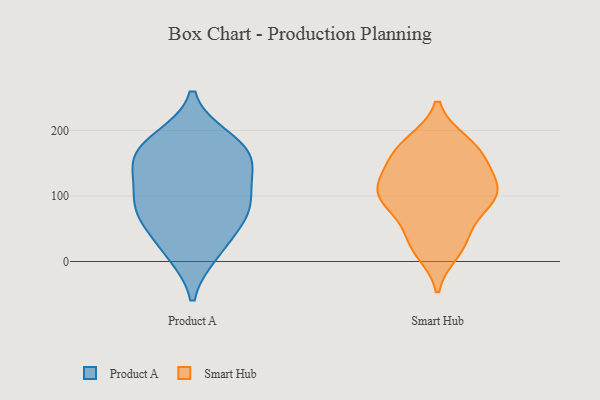
{"axis": {"x": "Backlog", "y": "Value"}, "legend": ["Product A", "Smart Hub"], "data": [{"x": "", "y": 72, "type": "Product A"}, {"x": "", "y": 186, "type": "Product A"}, {"x": "", "y": 20, "type": "Product A"}, {"x": "", "y": 105, "type": "Product A"}, {"x": "", "y": 90, "type": "Product A"}, {"x": "", "y": 137, "type": "Product A"}, {"x": "", "y": 177, "type": "Product A"}, {"x": "", "y": 168, "type": "Product A"}, {"x": "", "y": 162, "type": "Product A"}, {"x": "", "y": 14, "type": "Product A"}, {"x": "", "y": 73, "type": "Product A"}, {"x": "", "y": 70, "type": "Product A"}, {"x": "", "y": 141, "type": "Product A"}, {"x": "", "y": 78, "type": "Smart Hub"}, {"x": "", "y": 99, "type": "Smart Hub"}, {"x": "", "y": 181, "type": "Smart Hub"}, {"x": "", "y": 167, "type": "Smart Hub"}, {"x": "", "y": 42, "type": "Smart Hub"}, {"x": "", "y": 182, "type": "Smart Hub"}, {"x": "", "y": 108, "type": "Smart Hub"}, {"x": "", "y": 97, "type": "Smart Hub"}, {"x": "", "y": 89, "type": "Smart Hub"}, {"x": "", "y": 20, "type": "Smart Hub"}, {"x": "", "y": 112, "type": "Smart Hub"}, {"x": "", "y": 95, "type": "Smart Hub"}, {"x": "", "y": 117, "type": "Smart Hub"}, {"x": "", "y": 169, "type": "Smart Hub"}, {"x": "", "y": 133, "type": "Smart Hub"}, {"x": "", "y": 161, "type": "Smart Hub"}, {"x": "", "y": 15, "type": "Smart Hub"}, {"x": "", "y": 35, "type": "Smart Hub"}, {"x": "", "y": 138, "type": "Smart Hub"}]}